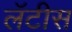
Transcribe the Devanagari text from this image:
लॅटीस